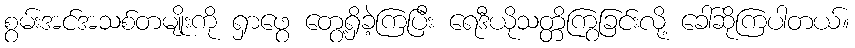
စွမ်းအင်အသစ်တမျိုးကို ရှာဖွေ တွေ့ရှိခဲ့ကြပြီး ရေဒီယိုသတ္တိကြွခြင်းလို့ ခေါ်ဆိုကြပါတယ်။